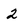
Character: 2